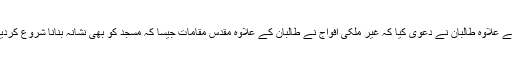
اس کے علاوہ طالبان نے دعویٰ کیا کہ غیر ملکی افواج نے طالبان کے علاوہ مقدس مقامات جیسا کہ مسجد کو بھی نشانہ بنانا شروع کردیا ہے۔